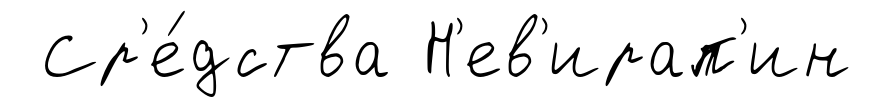
Ср'е́дства Н'ев'ирап'ин